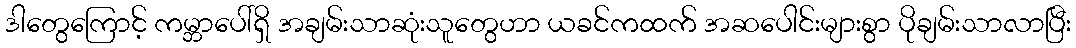
ဒါတွေကြောင့် ကမ္ဘာပေါ်ရှိ အချမ်းသာဆုံးသူတွေဟာ ယခင်ကထက် အဆပေါင်းများစွာ ပိုချမ်းသာလာပြီး